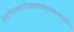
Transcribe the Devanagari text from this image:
विश्वामित्राध्वरारिप्रबलखलकुलध्वान्तबालार्करूप